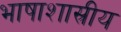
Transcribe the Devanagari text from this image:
भाषाशास्रीय